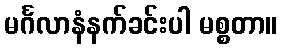
မင်္ဂလာနံနက်ခင်းပါ မစ္စတာ။